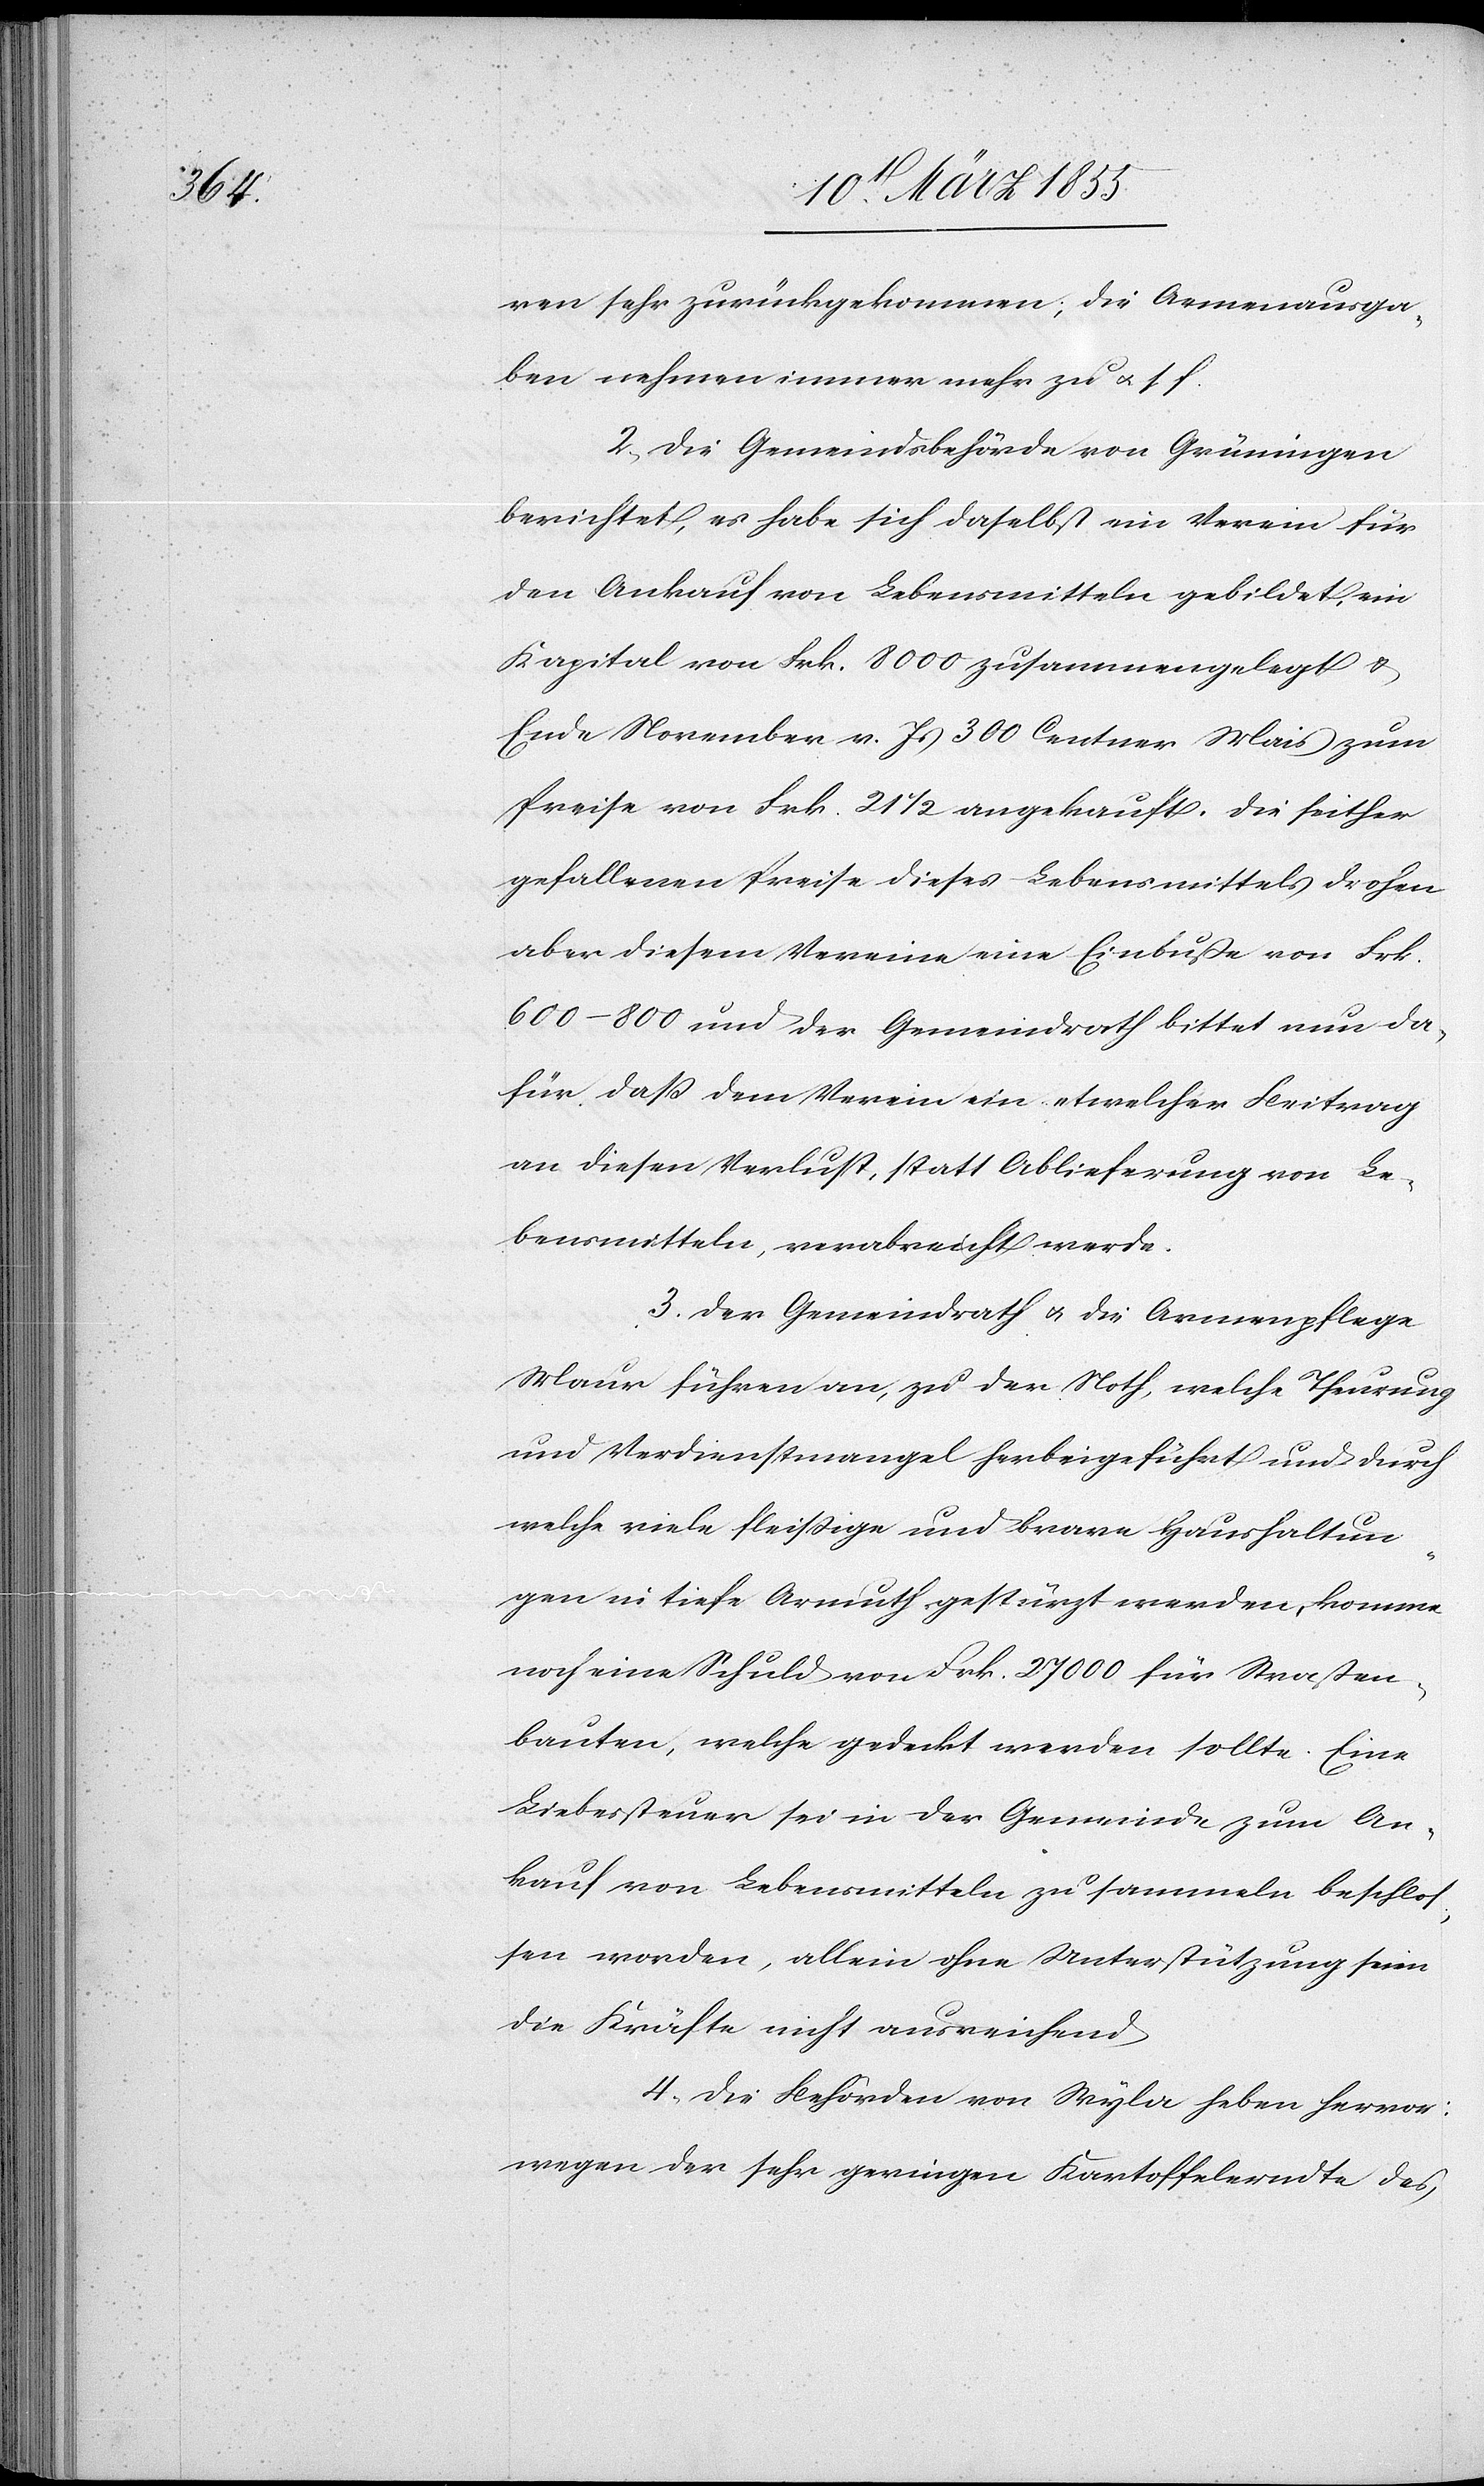
ren sehr zurückgekommen; die Armenausga¬
ben nehmen immer mehr zu & s. f.
2, Die Gemeindsbehörde von Grüningen
berichtet, es habe sich daselbst ein Verein für
den Ankauf von Lebensmitteln gebildet, ein
Kapital von Frk. 8000 zusammengelegt &
Ende November v. Js 300 Centner Mais zum
Preise von Frk. 21 1/2 angekauft. Die seither
gefallenen Preise dieses Lebensmittels drohen
aber diesem Vereine eine Einbuße von Frk.
600–800 und der Gemeindrath bittet nun da¬
für, daß dem Verein ein etwelcher Beitrag
an diesen Verlust, statt Ablieferung von Le¬
bensmitteln, verabreicht werde.
3. Der Gemeindrath & die Armenpflege
Maur führen an, zu der Noth, welche Theurung
und Verdienstmangel herbeigeführt und durch
welche viele fleissige und brave Haushaltun¬
gen in tiefe Armuth gestürzt werden, komme
noch eine Schuld von Fr. 27 000 für Straßen¬
bauten, welche gedeckt werden sollte. Eine
Liebessteuer sei in der Gemeinde zum An¬
kauf von Lebensmitteln zu sammeln beschlos¬
sen worden, allein ohne Unterstützung seien
die Kräfte nicht ausreichend
4, Die Behörden von Wyla heben hervor:
wegen der sehr geringen Kartoffelerndte des